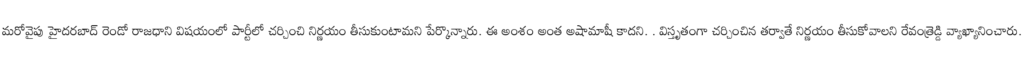
మరోవైపు హైదరబాద్ రెండో రాజధాని విషయంలో పార్టీలో చర్చించి నిర్ణయం తీసుకుంటామని పేర్కొన్నారు. ఈ అంశం అంత అషామాషీ కాదని. . విస్తృతంగా చర్చించిన తర్వాతే నిర్ణయం తీసుకోవాలని రేవంత్రెడ్డి వ్యాఖ్యానించారు.